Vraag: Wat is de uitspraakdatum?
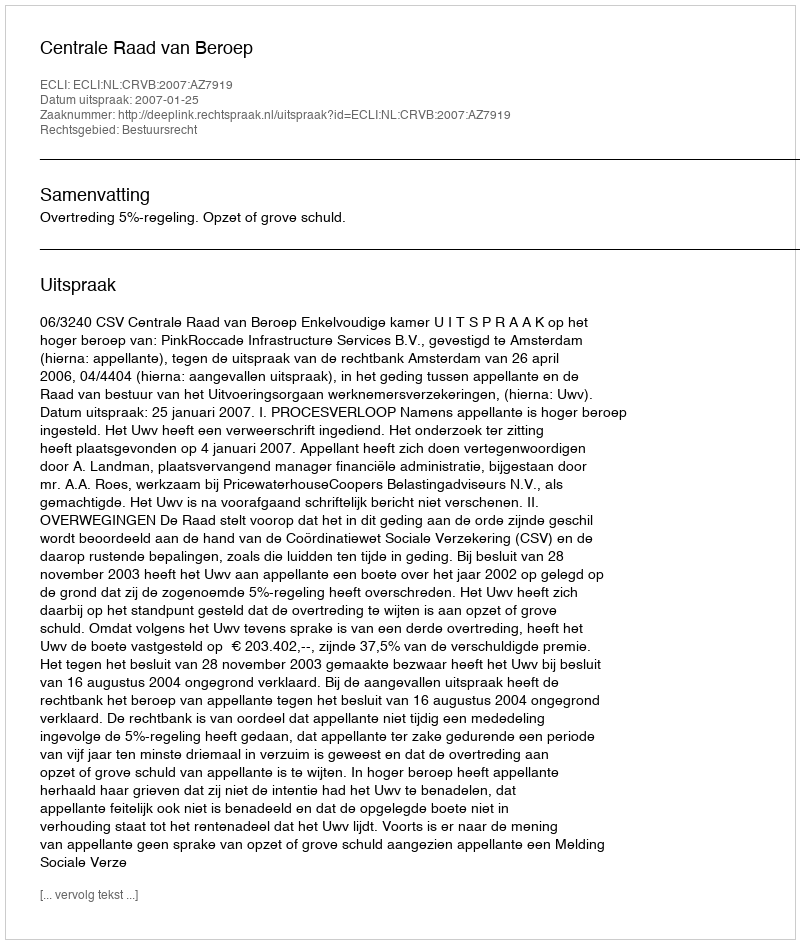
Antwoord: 2007-01-25